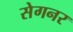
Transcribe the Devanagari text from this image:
सेगनर